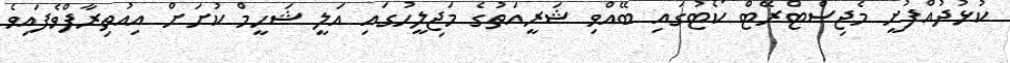
ކުޅުދުއްފުށީ މެޖިސްޓްރޭޓް ކޯޓުގައި ބޭއްވި ޝަރީއަތުގެ މަޖިލީހުގައި އަލީ ޝަހީމް ކުށަށް އިއުތިރާފްވެފައިވެ